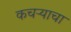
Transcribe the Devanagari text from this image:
कचऱ्याचा